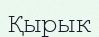
Қырык